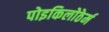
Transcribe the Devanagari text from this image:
पोइकिलोठेर्म